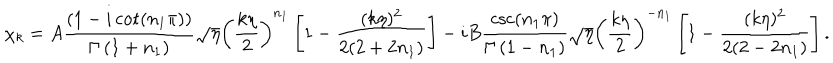
LaTeX: \chi _ { k } = A \frac { \left( 1 - i \cot \left( n _ { 1 } \pi \right) \right) } { \Gamma \left( 1 + n _ { 1 } \right) } \sqrt { \eta } \left( \frac { k \eta } 2 \right) ^ { n _ { 1 } } \left[ 1 - \frac { ( k \eta ) ^ { 2 } } { 2 ( 2 + 2 n _ { 1 } ) } \right] - i B \frac { \csc \left( n _ { 1 } \pi \right) } { \Gamma \left( 1 - n _ { 1 } \right) } \sqrt { \eta } \left( \frac { k \eta } 2 \right) ^ { - n _ { 1 } } \left[ 1 - \frac { ( k \eta ) ^ { 2 } } { 2 ( 2 - 2 n _ { 1 } ) } \right] .